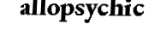
allopsychic